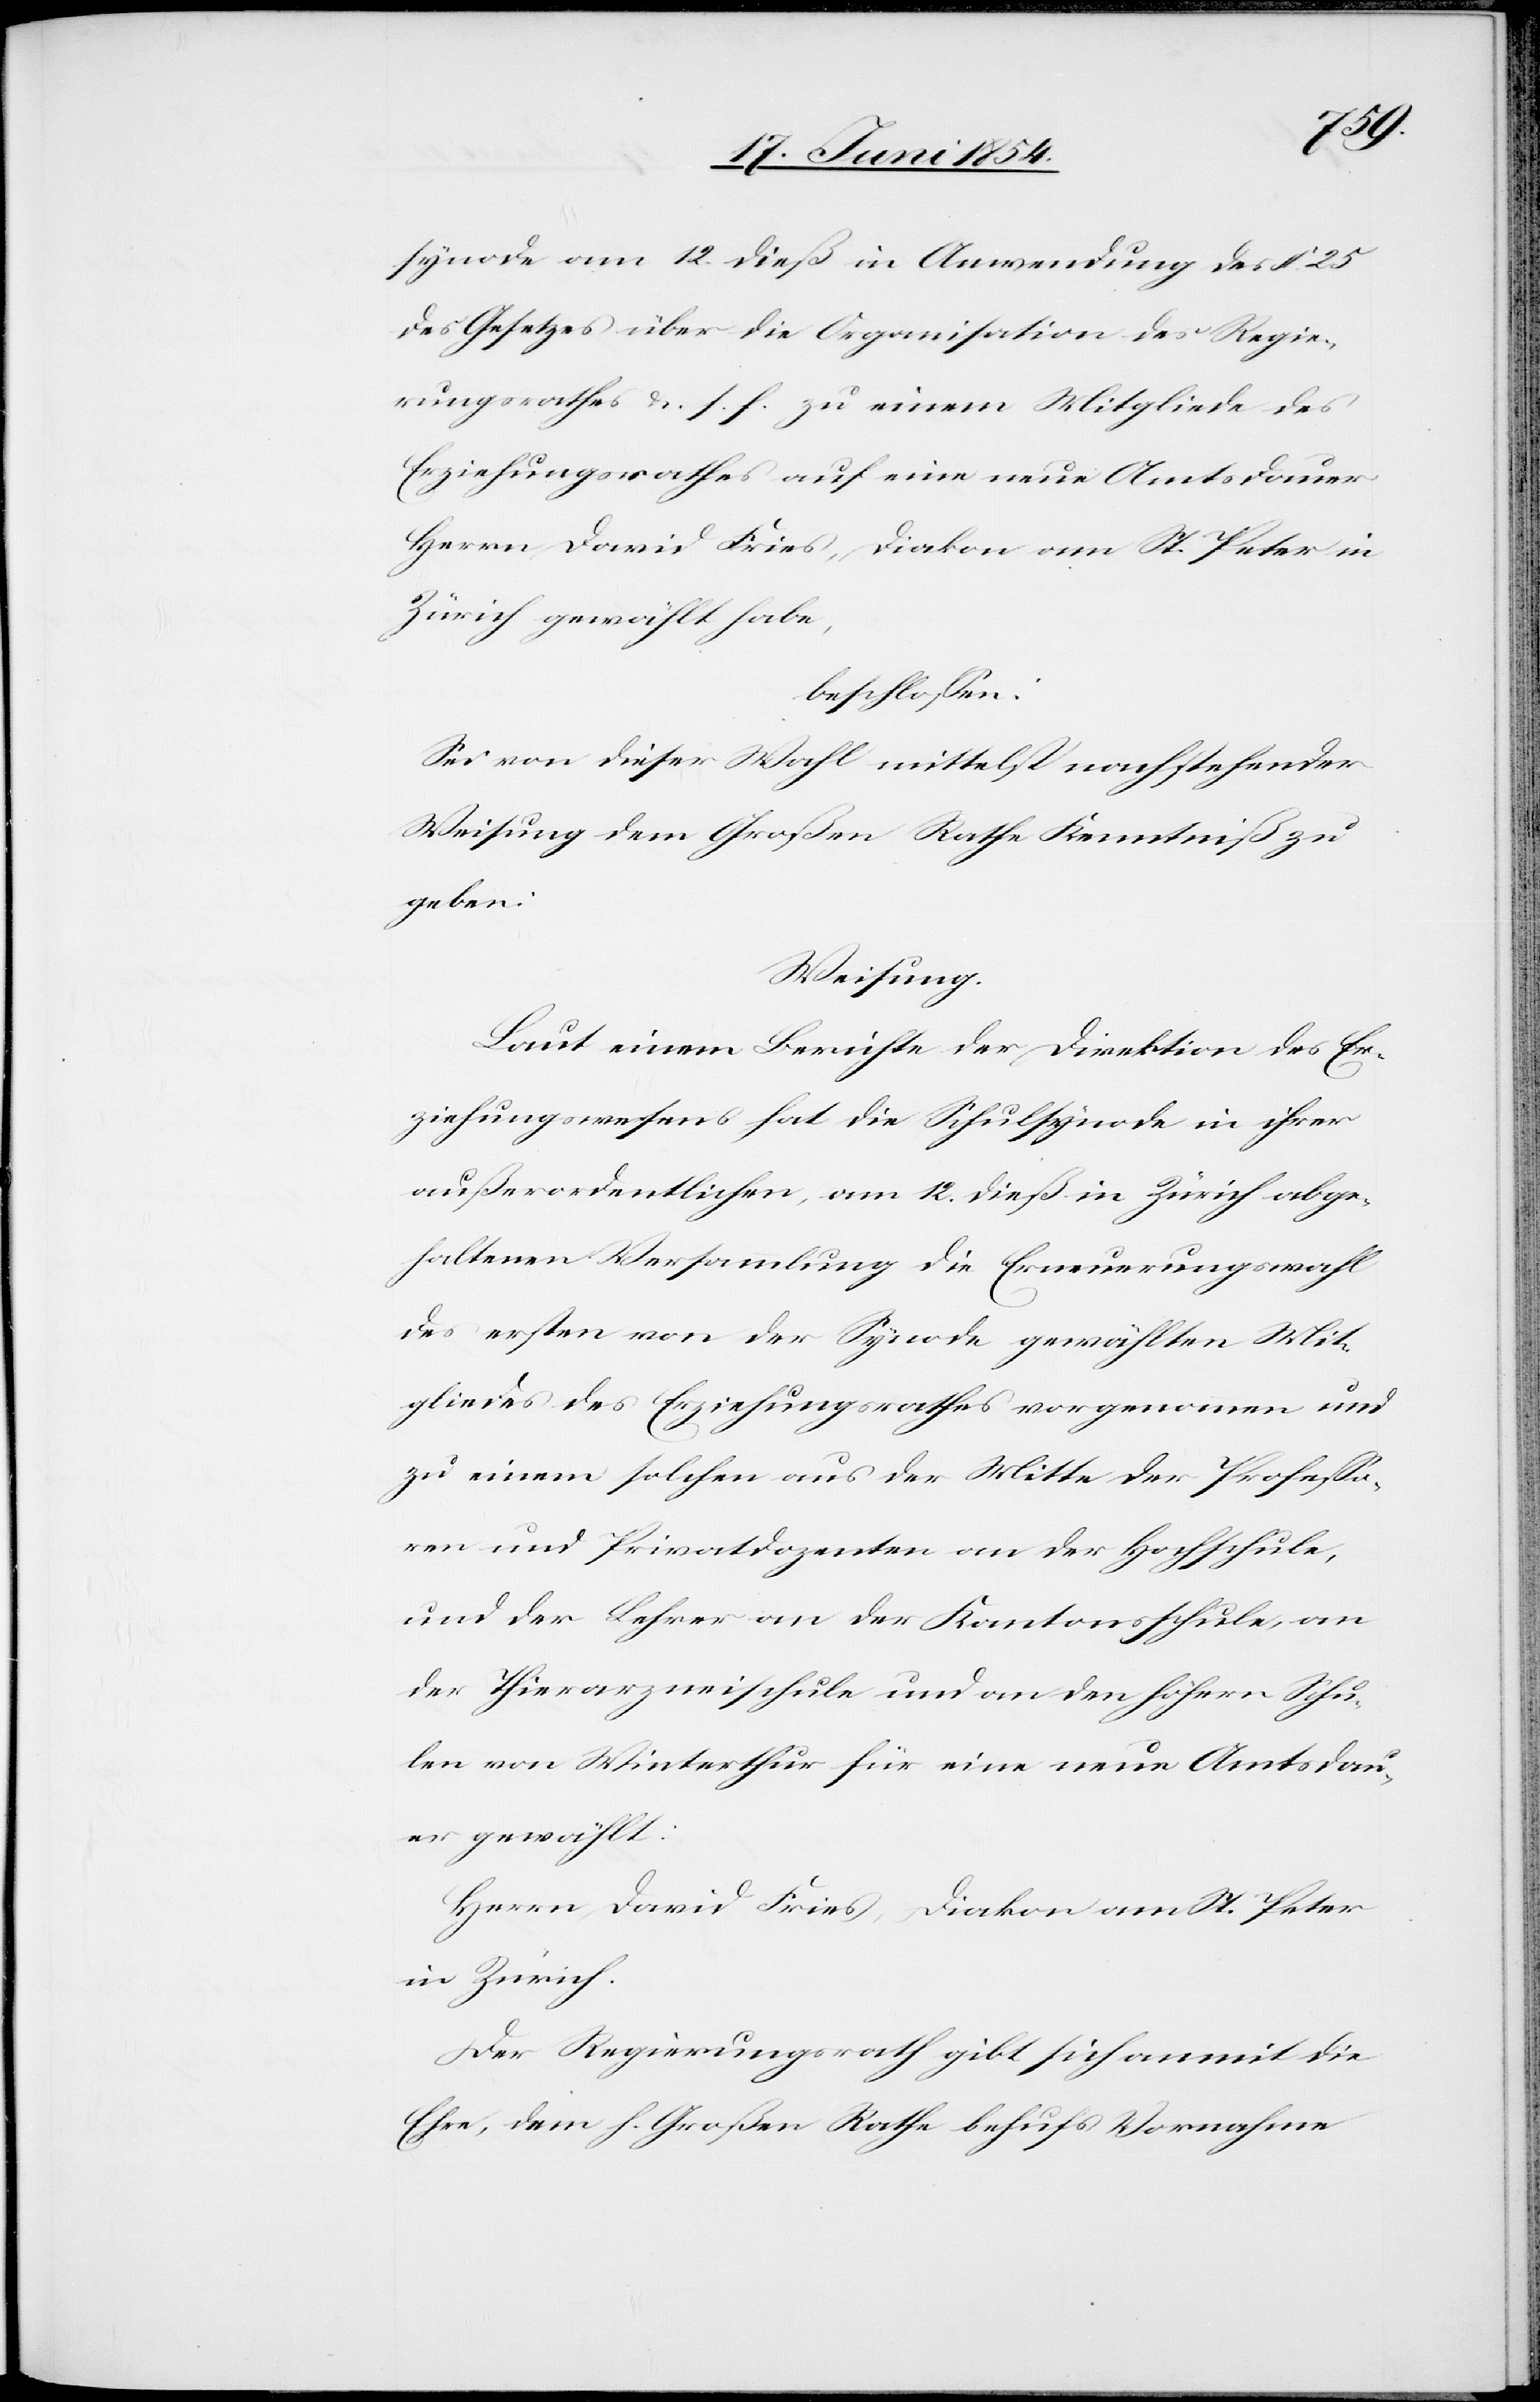
synode am 12. dieß in Anwendung des § 25
des Gesetzes über die Organisation des Regie¬
rungsrathes u. s. f. zu einem Mitgliedes des
Erziehungsrathes auf eine neue Amtsdauer
Herrn David Fries, Diakon am St. Peter in
Zürich gewählt habe,
beschloßen:
Sei von dieser Wahl mittelst nachstehender
Weisung dem Großen Rathe Kenntniß u
geben:
Weisung.
Laut einem Berichte der Direktion des Er¬
ziehungswesens hat die Schulsynode in ihrer
außerordentlichen, am 12. dieß in Zürich abge¬
haltenen Versammlung die Erneuerungswahl
des ersten von der Synode gewählten Mit¬
gliedes des Erziehungsrathes vorgenommen und
zu einem solchen aus der Mitte der Profeßo¬
ren und Privatdozenten an der Hochschule,
und der Lehrer an der Kantonsschule, an
der Thierarzneischule und an den höhern Schu¬
len von Winterthur für eine neue Amtsdau¬
er gewählt:
Herrn David Fries, Diakon am St. Peter
in Zürich.
Der Regierungsrath gibt sich anmit die
Ehre, dem h. Großen Rathe behufs Vornahme